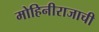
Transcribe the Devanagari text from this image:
मोहिनीराजाची